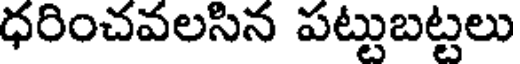
ధరించవలసిన పట్టుబట్టలు